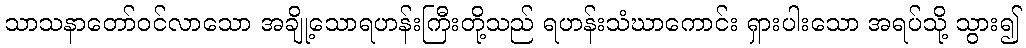
သာသနာတော်ဝင်လာသော အချို့သောရဟန်းကြီးတို့သည် ရဟန်းသံဃာကောင်း ရှားပါးသော အရပ်သို့ သွား၍